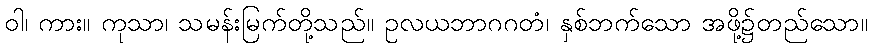
ဝါ၊ ကား။ ကုသာ၊ သမန်းမြက်တို့သည်။ ဥလယဘာဂဂတံ၊ နှစ်ဘက်သော အဖို့၌တည်သော။